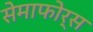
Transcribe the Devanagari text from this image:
सेमाफोर्स